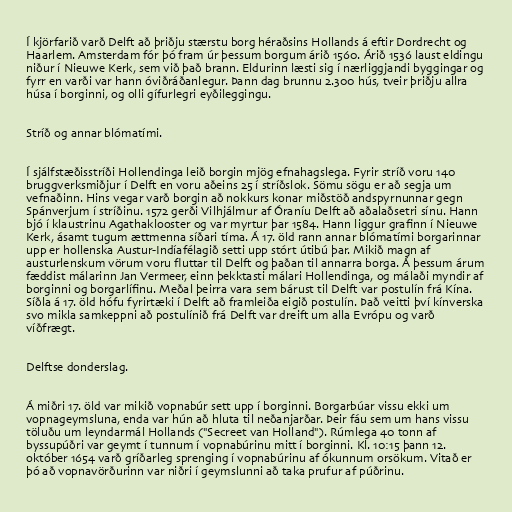
Í kjörfarið varð Delft að þriðju stærstu borg héraðsins Hollands á eftir Dordrecht og
Haarlem. Amsterdam fór þó fram úr þessum borgum árið 1560. Árið 1536 laust eldingu
niður í Nieuwe Kerk, sem við það brann. Eldurinn læsti sig í nærliggjandi byggingar og
fyrr en varði var hann óviðráðanlegur. Þann dag brunnu 2.300 hús, tveir þriðju allra
húsa í borginni, og olli gífurlegri eyðileggingu.

Stríð og annar blómatími.

Í sjálfstæðisstríði Hollendinga leið borgin mjög efnahagslega. Fyrir stríð voru 140
bruggverksmiðjur í Delft en voru aðeins 25 í stríðslok. Sömu sögu er að segja um
vefnaðinn. Hins vegar varð borgin að nokkurs konar miðstöð andspyrnunnar gegn
Spánverjum í stríðinu. 1572 gerði Vilhjálmur af Óraníu Delft að aðalaðsetri sínu. Hann
bjó í klaustrinu Agathaklooster og var myrtur þar 1584. Hann liggur grafinn í Nieuwe
Kerk, ásamt tugum ættmenna síðari tíma. Á 17. öld rann annar blómatími borgarinnar
upp er hollenska Austur-Indíafélagið setti upp stórt útibú þar. Mikið magn af
austurlenskum vörum voru fluttar til Delft og þaðan til annarra borga. Á þessum árum
fæddist málarinn Jan Vermeer, einn þekktasti málari Hollendinga, og málaði myndir af
borginni og borgarlífinu. Meðal þeirra vara sem bárust til Delft var postulín frá Kína.
Síðla á 17. öld hófu fyrirtæki í Delft að framleiða eigið postulín. Það veitti því kínverska
svo mikla samkeppni að postulínið frá Delft var dreift um alla Evrópu og varð
víðfrægt.

Delftse donderslag.

Á miðri 17. öld var mikið vopnabúr sett upp í borginni. Borgarbúar vissu ekki um
vopnageymsluna, enda var hún að hluta til neðanjarðar. Þeir fáu sem um hans vissu
töluðu um leyndarmál Hollands ("Secreet van Holland"). Rúmlega 40 tonn af
byssupúðri var geymt í tunnum í vopnabúrinu mitt í borginni. Kl. 10:15 þann 12.
október 1654 varð gríðarleg sprenging í vopnabúrinu af ókunnum orsökum. Vitað er
þó að vopnavörðurinn var niðri í geymslunni að taka prufur af púðrinu.